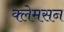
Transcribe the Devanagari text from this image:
क्लेमसन